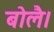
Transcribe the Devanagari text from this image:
बोलै।